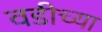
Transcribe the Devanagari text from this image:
वडीच्या